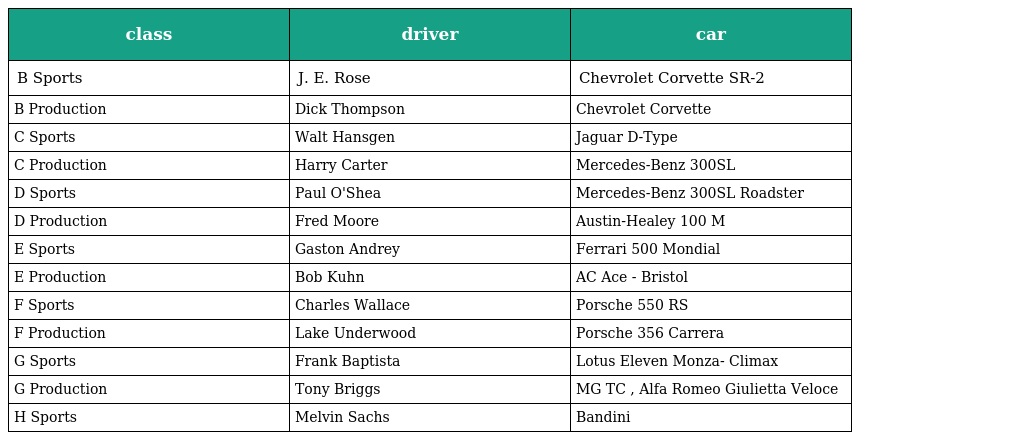
| class | driver | car |
 | --- | --- | --- |
 | B Sports | J. E. Rose | Chevrolet Corvette SR-2 |
 | B Production | Dick Thompson | Chevrolet Corvette |
 | C Sports | Walt Hansgen | Jaguar D-Type |
 | C Production | Harry Carter | Mercedes-Benz 300SL |
 | D Sports | Paul O'Shea | Mercedes-Benz 300SL Roadster |
 | D Production | Fred Moore | Austin-Healey 100 M |
 | E Sports | Gaston Andrey | Ferrari 500 Mondial |
 | E Production | Bob Kuhn | AC Ace - Bristol |
 | F Sports | Charles Wallace | Porsche 550 RS |
 | F Production | Lake Underwood | Porsche 356 Carrera |
 | G Sports | Frank Baptista | Lotus Eleven Monza- Climax |
 | G Production | Tony Briggs | MG TC , Alfa Romeo Giulietta Veloce |
 | H Sports | Melvin Sachs | Bandini |